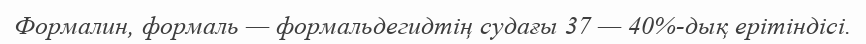
Формалин, формаль — формальдегидтің судағы 37 — 40%-дық ерітіндісі.